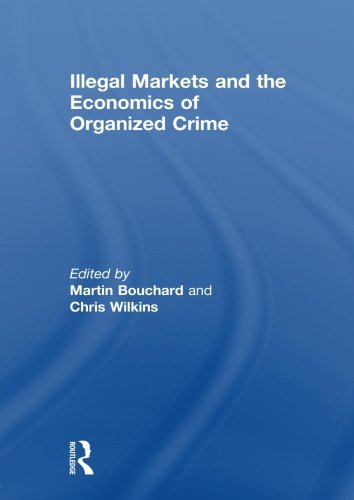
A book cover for Illegal Markets and the Economics of Organized Crime; Law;